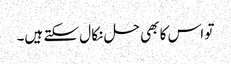
تو اس کا بھی حل نکا ل سکتے ہیں۔